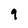
Character: 9